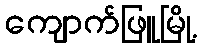
ကျောက်ဖြူမြို့